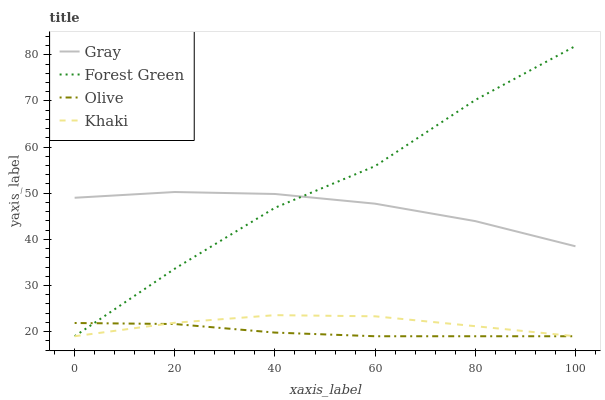
| xaxis_label | Gray | Forest Green | Olive | Khaki |
 | --- | --- | --- | --- | --- |
 | 0 | 49 | 19 | 21.9 | 19 |
 | 20 | 50.3 | 33.6 | 21.6 | 21.9 |
 | 40 | 49.8 | 46.9 | 19.8 | 23.6 |
 | 60 | 47.7 | 55.9 | 19 | 23.3 |
 | 80 | 44 | 70.2 | 19 | 21.2 |
 | 100 | 38.5 | 81.9 | 19 | 19 |